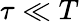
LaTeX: \tau\ll T